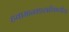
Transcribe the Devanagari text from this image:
हवामानशास्त्राविषयीचा